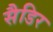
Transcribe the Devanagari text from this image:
सैडिर